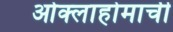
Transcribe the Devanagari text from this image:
ओक्लाहोमाची